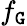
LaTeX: f_{\mathtt{G}}